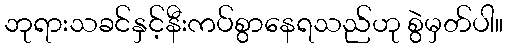
ဘုရားသခင်နှင့်နီးကပ်စွာနေရသည်ဟု စွဲမှတ်ပါ။